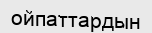
ойпаттардын